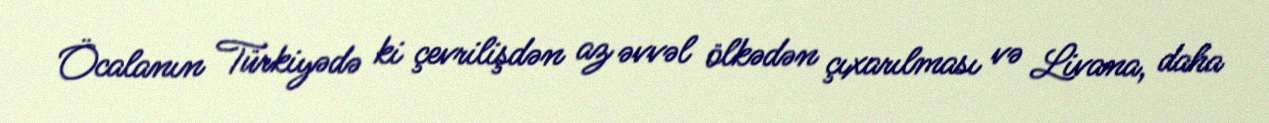
Öcalanın Türkiyədə ki çevrilişdən az əvvəl ölkədən çıxarılması və Livana, daha